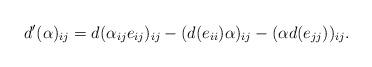
LaTeX: \begin{align*} d'(\alpha)_{ij}=d(\alpha_{ij}e_{ij})_{ij}-(d(e_{ii})\alpha)_{ij}-(\alpha d(e_{jj}))_{ij}.\end{align*}